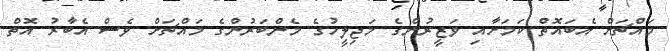
މައްޗަށް އެބައޮތް ކަމަށާއި ވަޒީރުންގެ މަޖިލީހުގެ މެންބަރުންގެ މައްޗަށް ވެސް އެބާރު އޮތް